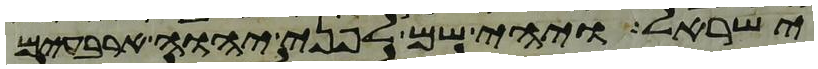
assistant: ישראל ויהי שם לפני יהוה ארבעים